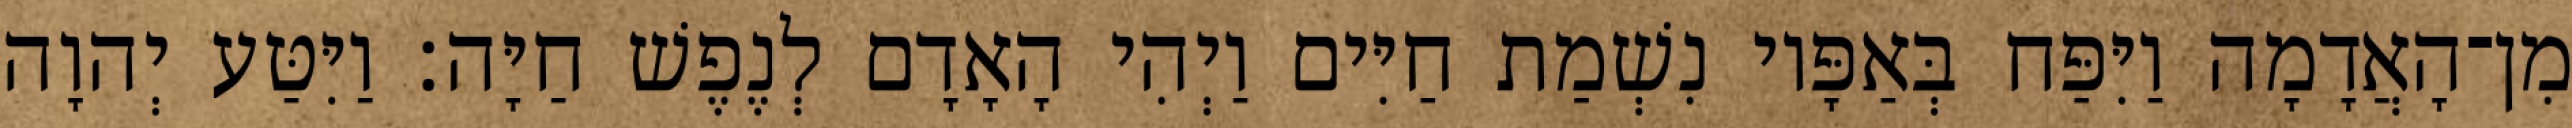
מִן־הָאֲדָמָה וַיִּפַּח בְּאַפָּיו נִשְׁמַת חַיִּים וַיְהִי הָאָדָם לְנֶפֶשׁ חַיָּה׃ וַיִּטַּע יְהוָה